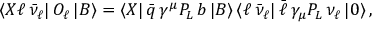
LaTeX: \langle X \ell \, \bar { \nu } _ { \ell } | \, O _ { \ell } \, | B \rangle = \langle X | \, \bar { q } \, \gamma ^ { \mu } P _ { L } \, b \, | B \rangle \, \langle \ell \, \bar { \nu } _ { \ell } | \, \bar { \ell } \, \gamma _ { \mu } P _ { L } \, \nu _ { \ell } \, | 0 \rangle \, ,